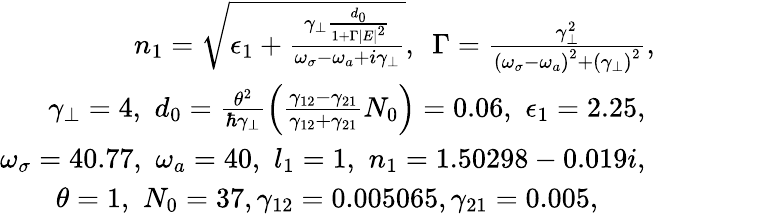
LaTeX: \begin{array}{r}{n_{1}=\sqrt{\epsilon_{1}+\frac{\gamma_{\perp}\frac{d_{0}}{1+\Gamma\left|E\right|^{2}}}{\omega_{\sigma}-\omega_{a}+i\gamma_{\perp}}},\, \, \, \Gamma=\frac{\gamma_{\perp}^{2}}{\left(\omega_{\sigma}-\omega_{a}\right)^{2}+\left(\gamma_{\perp}\right)^{2}},\, \, \, \, \, \, \, \, \, \, \, \, \, \, \, \, \, \, \, \, \, \, \, \, \, \, }\\ {\gamma_{\perp}=4,\, \, d_{0}=\frac{\theta^{2}}{\hbar\gamma_{\perp}}\left(\frac{\gamma_{12}-\gamma_{21}}{\gamma_{12}+\gamma_{21}}N_{0}\right)=0.06,\, \, \epsilon_{1}=2.25,\, \, \, \, \, \, \, \, \, \, \, \, \, \, \, \, \, \, \, \, \, \, \, \, \, \, \, \, }\\ {\omega_{\sigma}=40.77,\, \, \omega_{a}=40,\, \, l_{1}=1,\, \, n_{1}=1.50298-0.019i,\, \, \, \, \, \, \, \, \, \, \, \, \, \, \, \, \, \, \, \, \, \, \, \, \, \, \, \, }\\ {\, \, \theta=1,\, \, N_{0}=37,\gamma_{12}=0.005065,\gamma_{21}=0.005,\, \, \, \, \, \, \, \, \, \, \, \, \, \, \, \, \, \, \, \, \, \, \, \, \, \, \, \, \, \, \, \, \, \, \, \, \, \, }\end{array}